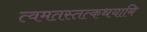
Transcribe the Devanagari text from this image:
त्वमतस्तत्कथयामि